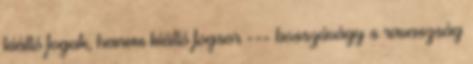
kiálló fogak, hanem kiálló fogsor --- bosszúvágy s ravaszság